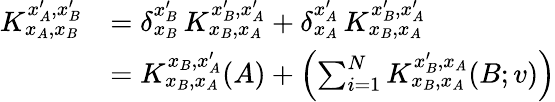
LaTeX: \begin{array}{rl}{K_{x_{A},x_{B}}^{x_{A}^{\prime},x_{B}^{\prime}}}&{=\delta_{x_{B}}^{x_{B}^{\prime}}\, K_{x_{B},x_{A}}^{x_{B}^{\prime},x_{A}^{\prime}}+\delta_{x_{A}}^{x_{A}^{\prime}}\, K_{x_{B},x_{A}}^{x_{B}^{\prime},x_{A}^{\prime}}}\\ &{=K_{x_{B},x_{A}}^{x_{B},x_{A}^{\prime}}(A)+\left(\sum_{i=1}^{N}K_{x_{B},x_{A}}^{x_{B}^{\prime},x_{A}}(B;v)\right)}\end{array}